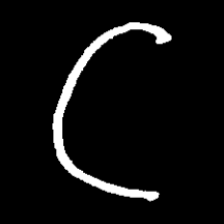
Pyu character \u2014 Myanmar letter: ဋ (romanized: tta)